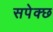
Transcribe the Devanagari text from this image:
सपेक्छ